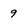
Character: 9